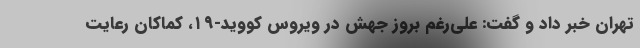
تهران خبر داد و گفت: علی‌رغم بروز جهش در ویروس کووید-۱۹، کماکان رعایت